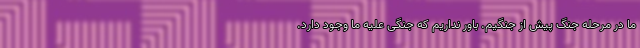
ما در مرحله جنگ پیش از جنگیم. باور نداریم که جنگی علیه ما وجود دارد.